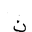
Letter: _non